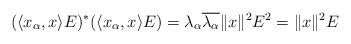
LaTeX: \begin{align*}(\langle x_{\alpha}, x \rangle E)^* (\langle x_{\alpha}, x \rangle E) = \lambda_\alpha \overline{\lambda_\alpha}\| x\|^2 E^2 = \| x\|^2 E\end{align*}